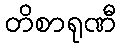
တိစာရုဏီ